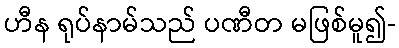
ဟီန ရုပ်နာမ်သည် ပဏီတ မဖြစ်မူ၍-